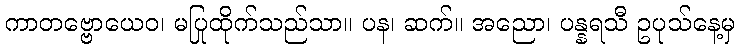
ကာတဗ္ဗောယေဝ၊ မပြုထိုက်သည်သာ။ ပန၊ ဆက်။ အညော၊ ပန္နရသီ ဥပုသ်နေ့မှ